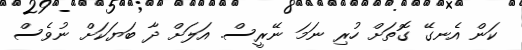
ކަން އެނގޭ ގޮތަށް ހުރި ނަމަ ނޭރީސް. އަލަށް ދާ ބަޔަކަށް ނުވެސް